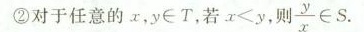
②对于任意的x，y\in T，若$$x ≠ y$$，则\frac{y}{x}\in S.